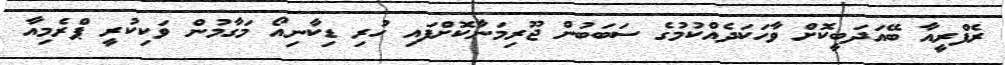
ރެފްރީއާ ބޭއަދަބީކޮށް ވާހަކަދެއްކުމުގެ ސަބަބުން ޖޫރިމަނާކޮށްފައި ހުރި ޑިކާނިއޯ މަގާމުން ވަކިކުރީ ޕްރެމިއާ